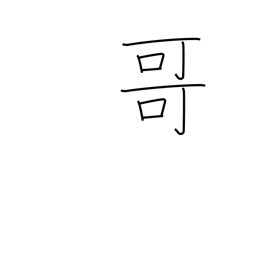
Meaning: big brother